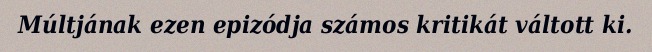
Múltjának ezen epizódja számos kritikát váltott ki.